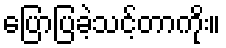
ပြောပြခဲ့သင့်တာကိုး။